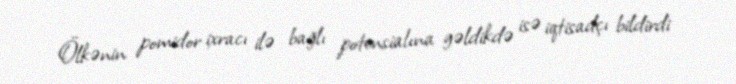
Ölkənin pomidor ixracı ilə bağlı potensialına gəldikdə isə iqtisadçı bildirdi